Punjab Mental Hospital Lahore 1932-46 - 1932-1946
Year: 1932
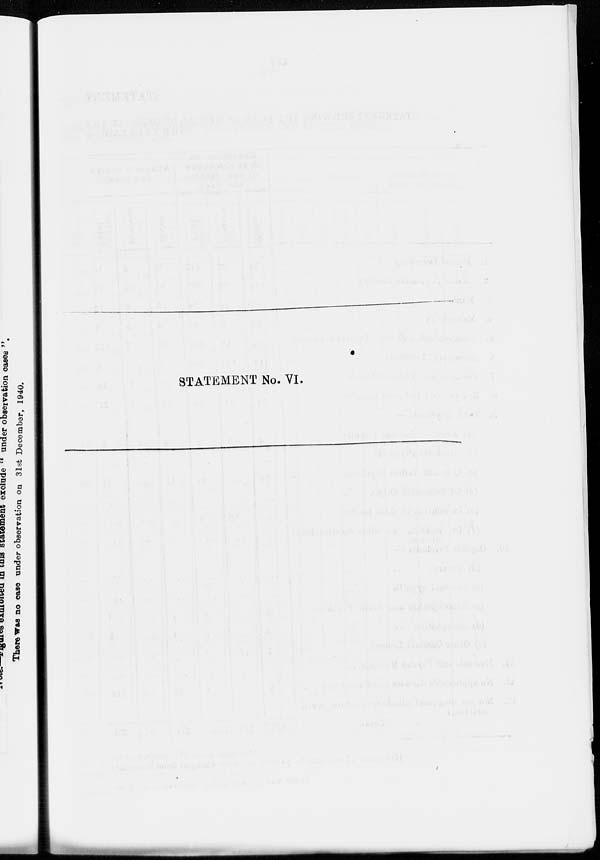
STATEMENT No. VI.